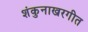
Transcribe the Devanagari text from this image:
शंकुनाखरगीत